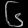
Digit: ၆